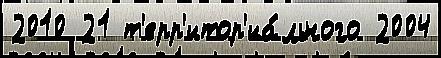
2010 21 т'ерр'итор'иа́льного 2004